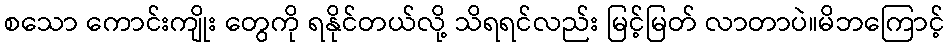
စသော ကောင်းကျိုး တွေကို ရနိုင်တယ်လို့ သိရရင်လည်း မြင့်မြတ် လာတာပဲ။မိဘကြောင့်